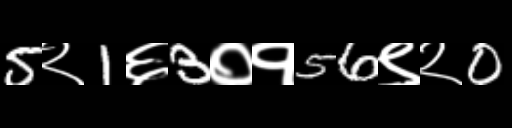
Text: 5२1६3०१56९२0